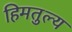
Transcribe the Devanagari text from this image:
हिमतुल्य